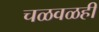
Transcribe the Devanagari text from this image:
चळवळही